NAE_ERA_R-30_Eesti_Riiklik_Spordiamet, lk 91
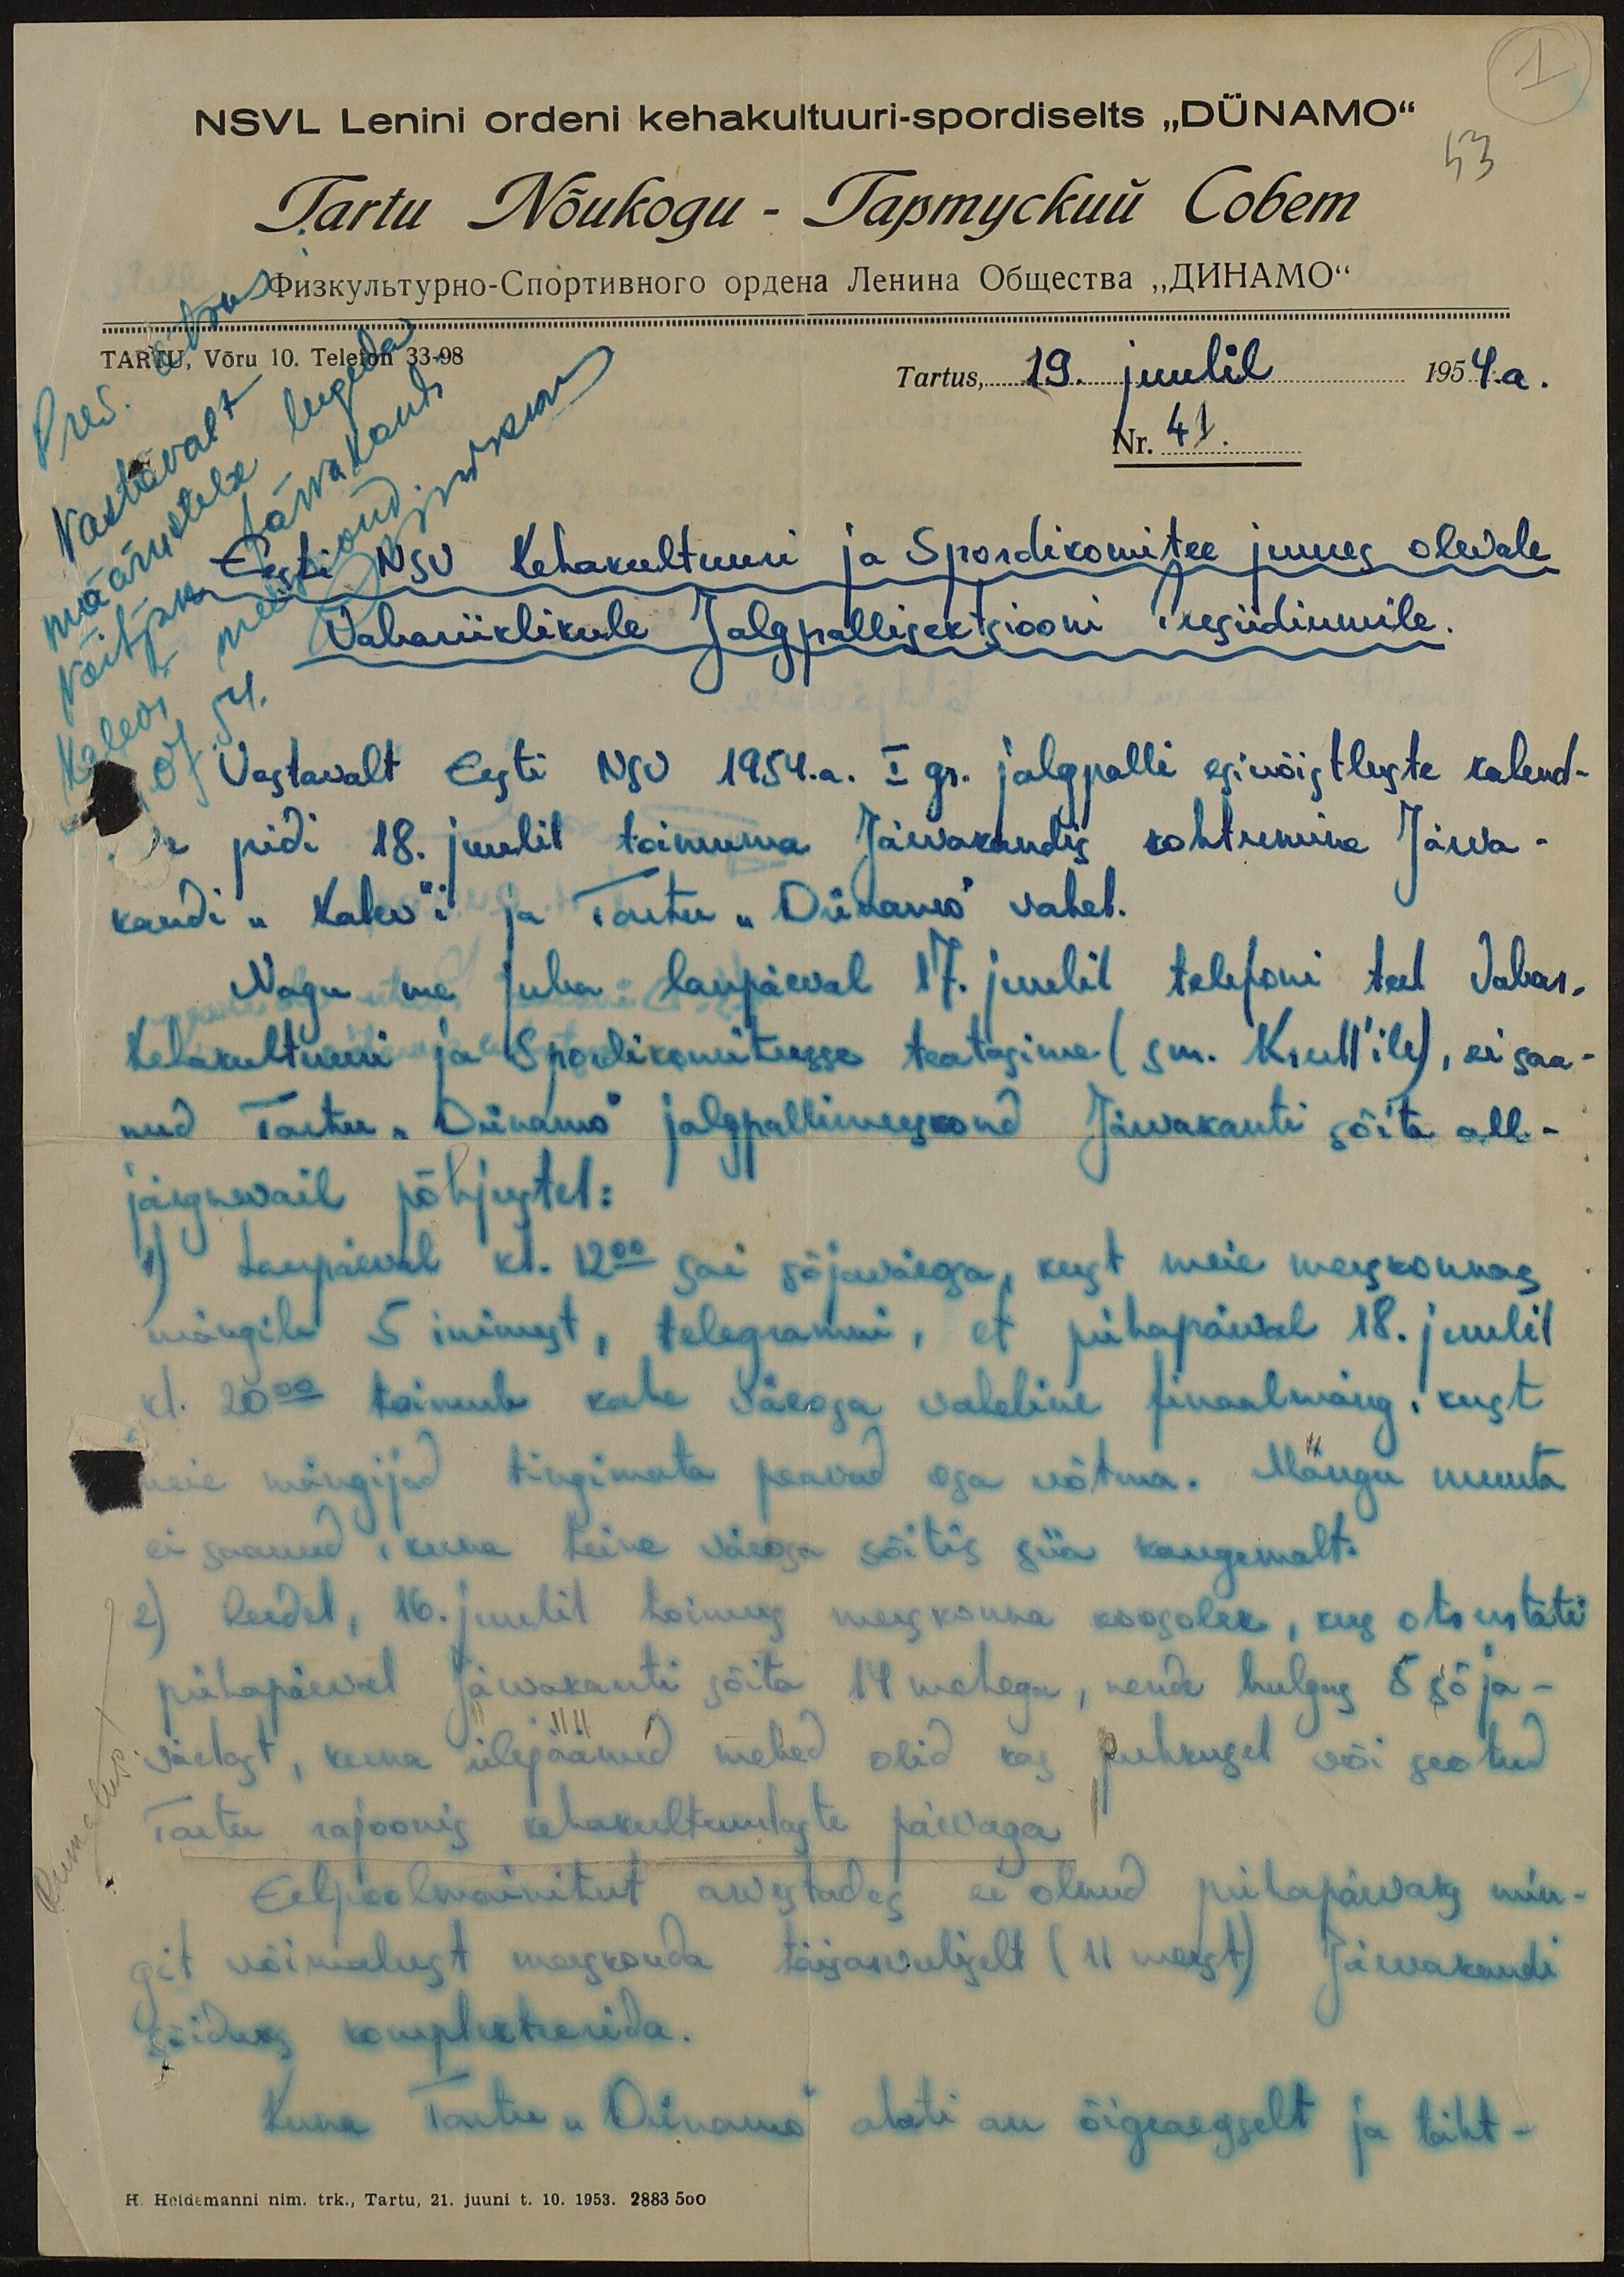
1
NSVL Lenini ordeni kehakultuuri-spordiselts "DÜNAMO"
53
Tartu Nõukogu
TARTU, Võru 10. Telefon 33-98
Pres. otsus:
Vastavalt
määrustele lugeda
võitjaks Järvakandi
Kalevi meeskond
Tartus, 19. juulil 1954.a.
Nr. 41.
Eesti NSV Kehakultuuri ja Spordikomitee juures olevale
Vabariiklikule Jalgpallisektsiooni Presiidiumile.
Vastavalt Eesti NSV 1954.a. I gr. jalgpalli esivõistluste kalend-
er pidi 18. juulil toimuma Järvakandis kohtumine Järva-
kandi "Kalev"i ja Tartu "Dünamo" vahel.
Nagu me juba laupäeval 17. juulil telefoni teel Vabar.
Kehakultuuri ja Spordikomiteesse teatasime (sm. Krull´ile), ei saa-
nud Tartu "Dünamo" jalgpallimeeskond Järvakanti sõita all-
järgnevail põhjustel:
1) Laupäeval kl.12 00 sai sõjaväeosa, kust meie meeskonnas
mängib 5 inimest, telegramni, et pühapäeval 18. juulil
kl. 20 00 toimub kahe väeosa vaheline finaalmäng, kust
meie mängijad tingimata peavad osa võtma. Mängu muuta
ei saanud, kuna teine väeosa sõitis siia kaugemalt.
2) Reedel, 16. juulil toimus meeskonna koosolek, kus otsustati
pühapäeval Järvakanti sõita 14 mehega, nende hulgas 8 sõja-
Rumalus!
väelast, kuna ülejäänud mehed olid kas puhkusel või seotud
Tartu rajoonis kehakultuurlaste päevaga
Eelpoolmainitut arvestades ei olnud pühapäevaks min-
git võimalust meeskonda täisarvuliselt (11 meest) Järvakandi
sõiduks komplekteerida.
Kuna Tartu "Dünamo" alati on õigeaegselt ja täht-
H. Heidemanni nim. trk., Tartu, 21. juuni t. 10. 1953. 2883 500